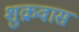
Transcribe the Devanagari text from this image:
शुक्रवास